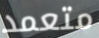
متعمد